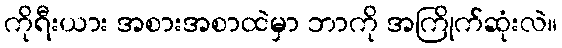
ကိုရီးယား အစားအစာထဲမှာ ဘာကို အကြိုက်ဆုံးလဲ။